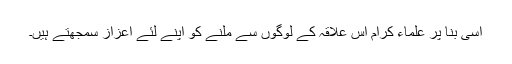
اسی بنا پر علماء کرام اس علاقہ کے لوگوں سے ملنے کو اپنے لئے اعزاز سمجھتے ہیں۔